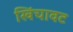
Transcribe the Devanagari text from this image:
खिंचावट